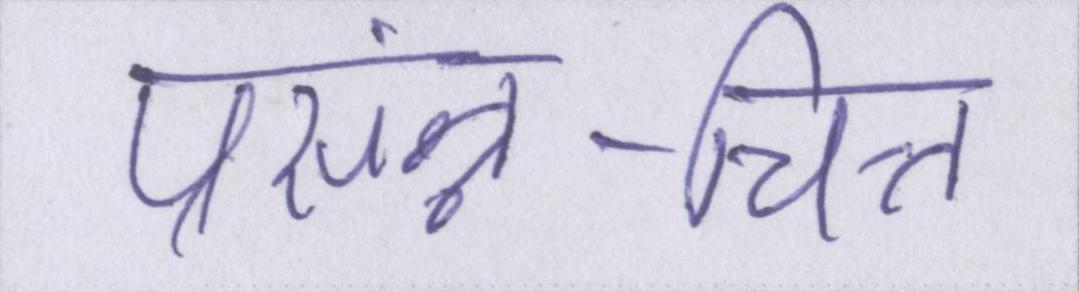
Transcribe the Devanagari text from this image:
प्रसंन्न-चित्त